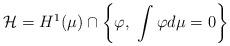
LaTeX: \begin{align*} \mathcal{H} = H^1(\mu) \cap \left\{\varphi , \ \int \varphi d \mu =0 \right\} \end{align*}